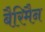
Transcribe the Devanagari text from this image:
बैरिमैन